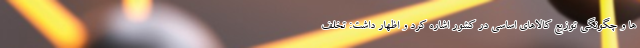
ها و چگونگی توزیع کالاهای اساسی در کشور اشاره کرد و اظهار داشت: تخلف